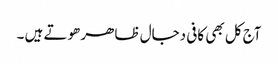
آج کل بھی کافی دجال ظاھر ھوتے ہیں ۔